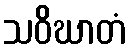
သဝိဃာတံ